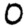
Digit: 0